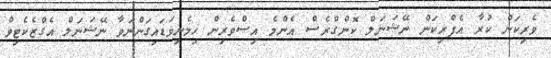
ވެރިކަން ކުރާ އެފްރިކަން ނޭޝަނަލް ކޮންގްރެސް އެންމެ އިސްވެރިން ހިމެނިވަޑައިގަންނަވާ ނޭޝަނަލް އެގްޒެކެޓިވް